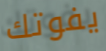
يفوتك